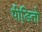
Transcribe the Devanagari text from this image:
पीडि़तो